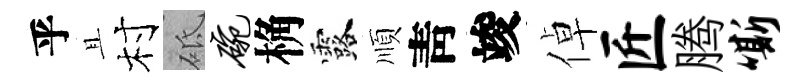
乎且村砥碗桷露順靑竣倬匠腾嘶